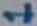
Text: 1